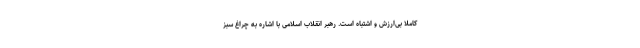
کاملاً بی‌ارزش و اشتباه است. رهبر انقلاب اسلامی با اشاره به چراغ سبز